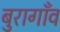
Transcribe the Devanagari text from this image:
बुरागाँव